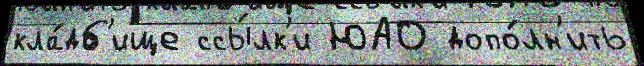
кла́дб'ище ссы́лк'и ЮАО допо́лн'ить